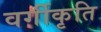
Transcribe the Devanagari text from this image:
वर्गीकृति